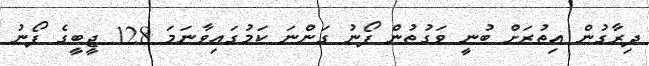
ދިރާގުން އިތުރަށް ބުނީ ވަގުތުން ފޯނު ގަންނަ ކަމުގައިވާނަމަ 128 ޖީބީގެ ފޯނު